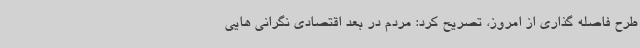
طرح فاصله گذاری از امروز، تصریح کرد: مردم در بعد اقتصادی نگرانی هایی